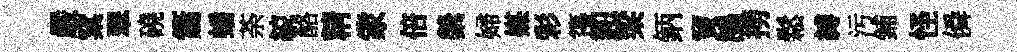
嚴窠翠磽簫蟠荼綂酪精䝉倍縈婦媒彩籩恕梁鈵竇鵠撈鬆縛污鋪怪僢